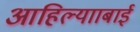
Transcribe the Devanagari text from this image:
आहिल्यााबाई